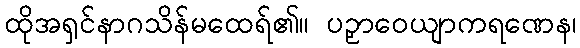
ထိုအရှင်နာဂသိန်မထေရ်၏။ ပဉှာဝေယျာကရဏေန၊